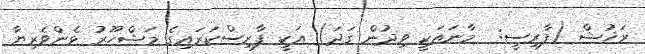
ރަޚުޝް (ފާރިސީ:  މާނައަކީ ވިދުން ގަދަ) އަކީ ފާރިސްކަރައިގެ މަޝްހޫރު ޅެންވެރިޔާ